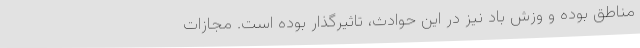
مناطق بوده و وزش باد نیز در این حوادث، تاثیرگذار بوده است. مجازات